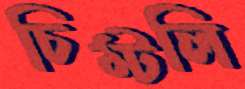
চিম্‌টলি